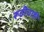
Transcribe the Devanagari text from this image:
रूढीचाही